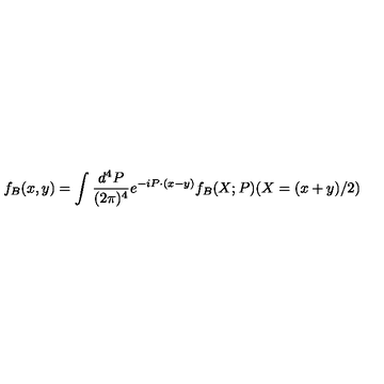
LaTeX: f _ { B } ( x , y ) = \int \frac { d ^ { 4 } P } { ( 2 \pi ) ^ { 4 } } e ^ { - i P \cdot ( x - y ) } f _ { B } ( X ; P ) ( X = ( x + y ) / 2 )